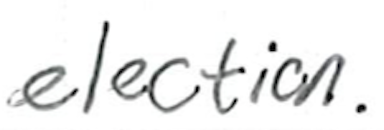
Text: election.
Cross-out: clean
Writing tool: ballpoint